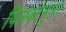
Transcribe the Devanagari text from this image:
पिलक्टेनुलर